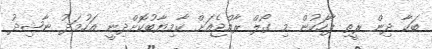
ބަކާ ދިން ރީތި ޕާހަކުން މި ގޯލް ރާއްޖެއަށް ކާމިޔާބުކޮށްދިނީ އަހުމަދު ނާޝިދު